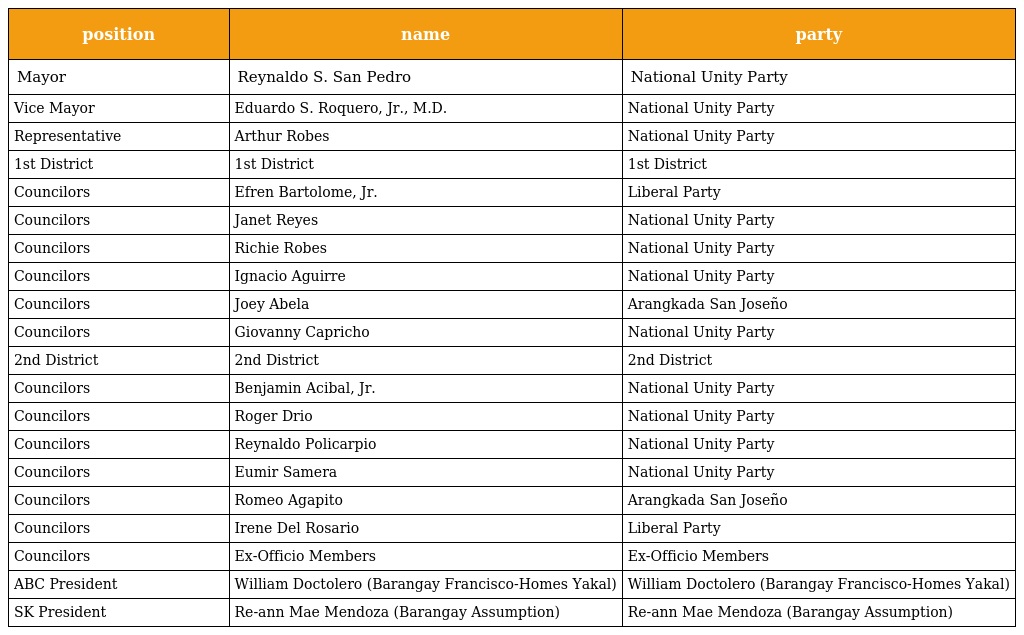
| position | name | party |
 | --- | --- | --- |
 | Mayor | Reynaldo S. San Pedro | National Unity Party |
 | Vice Mayor | Eduardo S. Roquero, Jr., M.D. | National Unity Party |
 | Representative | Arthur Robes | National Unity Party |
 | 1st District | 1st District | 1st District |
 | Councilors | Efren Bartolome, Jr. | Liberal Party |
 | Councilors | Janet Reyes | National Unity Party |
 | Councilors | Richie Robes | National Unity Party |
 | Councilors | Ignacio Aguirre | National Unity Party |
 | Councilors | Joey Abela | Arangkada San Joseño |
 | Councilors | Giovanny Capricho | National Unity Party |
 | 2nd District | 2nd District | 2nd District |
 | Councilors | Benjamin Acibal, Jr. | National Unity Party |
 | Councilors | Roger Drio | National Unity Party |
 | Councilors | Reynaldo Policarpio | National Unity Party |
 | Councilors | Eumir Samera | National Unity Party |
 | Councilors | Romeo Agapito | Arangkada San Joseño |
 | Councilors | Irene Del Rosario | Liberal Party |
 | Councilors | Ex-Officio Members | Ex-Officio Members |
 | ABC President | William Doctolero (Barangay Francisco-Homes Yakal) | William Doctolero (Barangay Francisco-Homes Yakal) |
 | SK President | Re-ann Mae Mendoza (Barangay Assumption) | Re-ann Mae Mendoza (Barangay Assumption) |